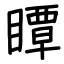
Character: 瞫